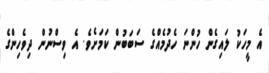
އެ މީހަކު ލައިގެން ހުންނަ ހެދުމެއްގެ ސަބަބުން ކަމަށެވެ. އެ ވިސްނުން ދިވެހިންގެ